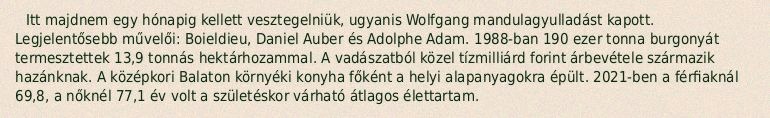
Itt majdnem egy hónapig kellett vesztegelniük, ugyanis Wolfgang mandulagyulladást kapott. Legjelentősebb művelői: Boieldieu, Daniel Auber és Adolphe Adam. 1988-ban 190 ezer tonna burgonyát termesztettek 13,9 tonnás hektárhozammal. A vadászatból közel tízmilliárd forint árbevétele származik hazánknak. A középkori Balaton környéki konyha főként a helyi alapanyagokra épült. 2021-ben a férfiaknál 69,8, a nőknél 77,1 év volt a születéskor várható átlagos élettartam.